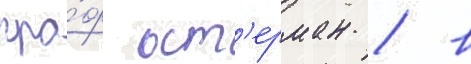
гра́ф ост'ерман / в